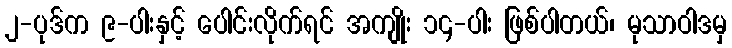
၂-ပုဒ်က ၉-ပါးနှင့် ပေါင်းလိုက်ရင် အကျိုး ၁၄-ပါး ဖြစ်ပါတယ်၊ မုသာဝါဒမှ